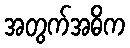
အတွက်အဓိက